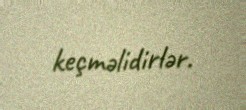
keçməlidirlər.